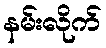
နမ်းလိုက်